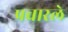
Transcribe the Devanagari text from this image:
प्रचारले